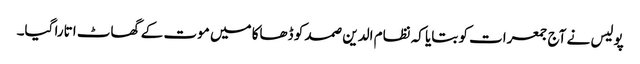
پولیس نے آج جمعرات کو بتایا کہ نظام الدین صمد کو ڈھاکا میں موت کے گھاٹ اتارا گیا۔